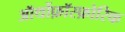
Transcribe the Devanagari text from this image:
ऑर्थोफ़ॉस्फ़ोरिक